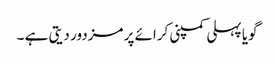
گویا پہلی کمپنی کرائے پر مزدور دیتی ہے ۔